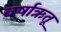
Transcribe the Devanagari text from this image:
वर्षाऋतू